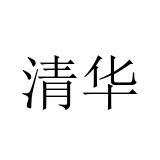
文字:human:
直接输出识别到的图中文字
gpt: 清华